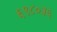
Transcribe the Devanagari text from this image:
६९८०३६